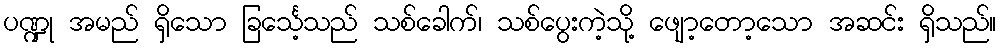
ပဏ္ဍု အမည် ရှိသော ခြင်္သေ့သည် သစ်ခေါက်၊ သစ်ပွေးကဲ့သို့ ဖျော့တော့သော အဆင်း ရှိသည်။